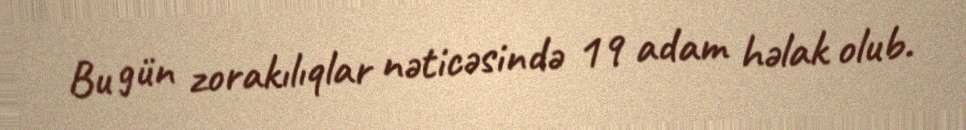
Bu gün zorakılıqlar nəticəsində 19 adam həlak olub.